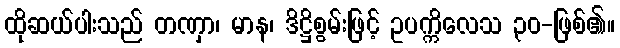
ထိုဆယ်ပါးသည် တဏှာ၊ မာန၊ ဒိဋ္ဌိစွမ်းဖြင့် ဥပက္ကိလေသ ၃၀-ဖြစ်၏။